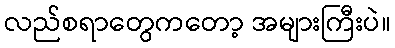
လည်စရာတွေကတော့ အများကြီးပဲ။